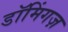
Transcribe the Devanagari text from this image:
डॉमिंगज़